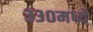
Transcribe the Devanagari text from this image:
३३०मध्ये